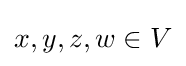
x,y,z,w\in V